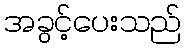
အခွင့်ပေးသည်